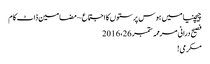
چیچنیا میں ہوس پرستوں کا اجتماع ~ مضامین ڈاٹ کام
فصیح درانی مرممہ ستمبر 26، 2016
مکرمی!